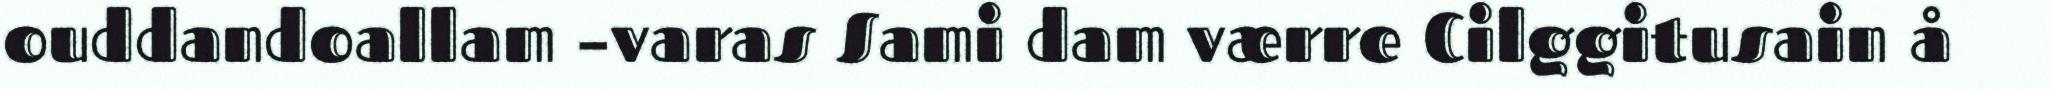
ouddandoallam –varas Sami dam værre Cilggitusain å